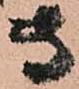
専